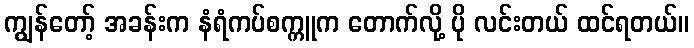
ကျွန်တော့် အခန်းက နံရံကပ်စက္ကူက တောက်လို့ ပို လင်းတယ် ထင်ရတယ်။